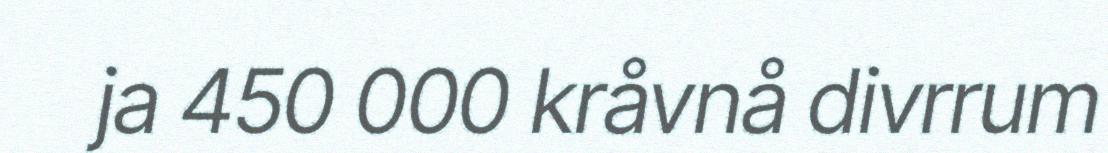
ja 450 000 kråvnå divrrum